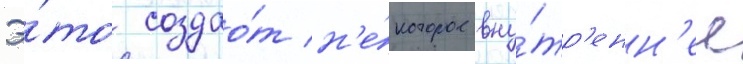
Э́то создао́т н'е́которое вну́тр'енн'ее